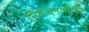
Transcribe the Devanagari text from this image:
निषेचनासाठी